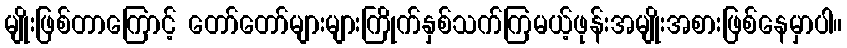
မျိုးဖြစ်တာကြောင့် တော်တော်များများကြိုက်နှစ်သက်ကြမယ့်ဖုန်းအမျိုးအစားဖြစ်နေမှာပါ။